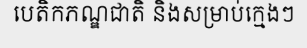
បេតិកភណ្ឌជាតិ និងសម្រាប់ក្មេងៗ